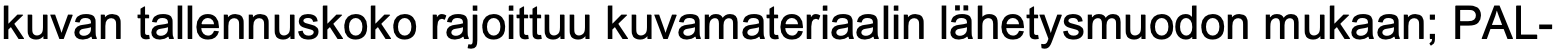
kuvan tallennuskoko rajoittuu kuvamateriaalin lähetysmuodon mukaan; PAL-